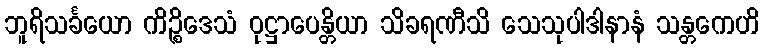
ဘူရိသင်္ခယော ကိဉ္စိဒေသံ ဝုဋ္ဌာပေန္တိယာ သိခရဏီသိ သေသုပါဒါနာနံ သန္တကေဟိ